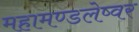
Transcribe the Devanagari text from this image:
महामण्डलेष्वर